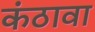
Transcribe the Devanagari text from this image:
कंठावा